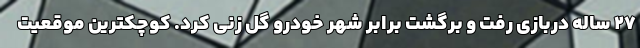
27 ساله دربازی رفت و برگشت برابر شهر خودرو گل زنی کرد. کوچکترین موقعیت